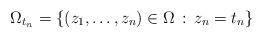
LaTeX: \begin{align*}\Omega_{t_n}=\{(z_1,\dots,z_n)\in \Omega \,:\, z_n=t_n \}\end{align*}